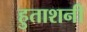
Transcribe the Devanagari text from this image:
हुताशनी